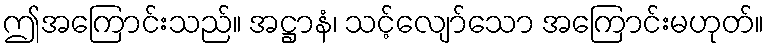
ဤအကြောင်းသည်။ အဋ္ဌာနံ၊ သင့်လျော်သော အကြောင်းမဟုတ်။